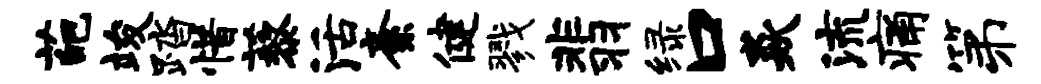
葩竣踏惜藜活紊健戮翡绿口焱流痛第